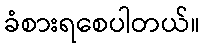
ခံစားရစေပါတယ်။